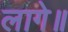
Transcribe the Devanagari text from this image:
लागे॥